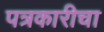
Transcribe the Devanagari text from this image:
पत्रकारीचा